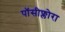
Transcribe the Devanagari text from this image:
पॉसीफ्लोरा